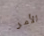
الأمر